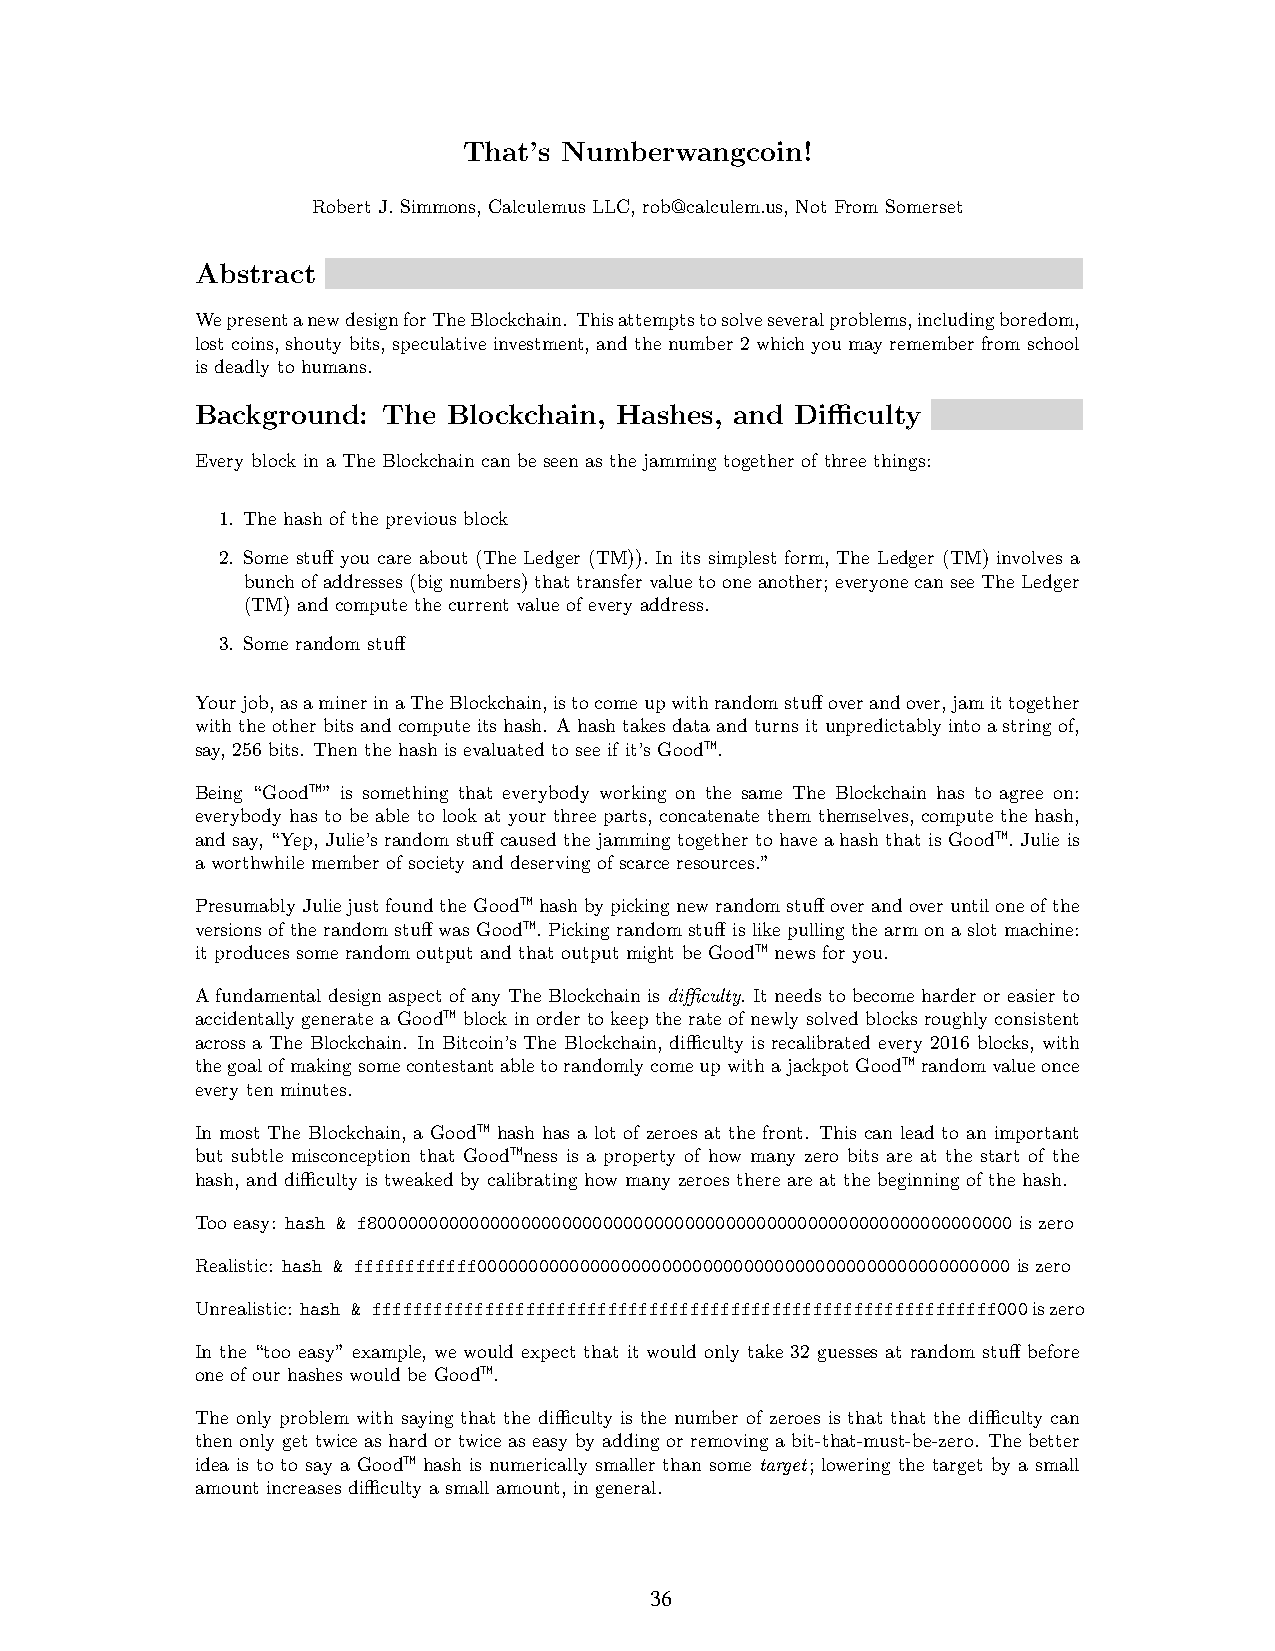
That’s Numberwangcoin!
 Robert J. Simmons, Calculemus LLC, rob@calculem.us, Not From Somerset
 7
 Abstract
 WepresentanewdesignforTheBlockchain. Thisattemptstosolveseveralproblems,includingboredom,
 lost coins, shouty bits, speculative investment, and the number 2 which you may remember from school
 is deadly to humans.
 Background: The  Blockchain, Hashes, and Difficulty
 Every block in a The Blockchain can be seen as the jamming together of three things:
 1. The hash of the previous block
 2. Some stuff you care about (The Ledger (TM)). In its simplest form, The Ledger (TM) involves a
 bunchofaddresses(bignumbers)thattransfervaluetooneanother; everyonecanseeTheLedger
 (TM) and compute the current value of every address.
 3. Some random stuff
 Yourjob,asaminerinaTheBlockchain,istocomeupwithrandomstuffoverandover,jamittogether
 withtheotherbitsandcomputeitshash. Ahashtakesdataandturnsitunpredictablyintoastringof,
 say, 256 bits. Then the hash is evaluated to see if it’s Good™.
 Being “Good™” is something that everybody working on the same The Blockchain has to agree on:
 everybody has to be able to look at your three parts, concatenate them themselves, compute the hash,
 and say, “Yep, Julie’s random stuff caused the jamming together to have a hash that is Good™. Julie is
 a worthwhile member of society and deserving of scarce resources.”
 PresumablyJuliejustfoundtheGood™hashbypickingnewrandomstuffoverandoveruntiloneofthe
 versionsoftherandomstuffwasGood™.Pickingrandomstuffislikepullingthearmonaslotmachine:
 it produces some random output and that output might be Good™ news for you.
 A fundamental design aspect of any The Blockchain is difficulty. It needs to become harder or easier to
 accidentally generate a Good™ block in order to keep the rate of newly solved blocks roughly consistent
 across a The Blockchain. In Bitcoin’s The Blockchain, difficulty is recalibrated every 2016 blocks, with
 thegoalofmakingsomecontestantabletorandomlycomeupwithajackpotGood™randomvalueonce
 every ten minutes.
 In most The Blockchain, a Good™ hash has a lot of zeroes at the front. This can lead to an important
 but subtle misconception that Good™ness is a property of how many zero bits are at the start of the
 hash, and difficulty is tweaked by calibrating how many zeroes there are at the beginning of the hash.
 Too easy: hash & f800000000000000000000000000000000000000000000000000000000000000 is zero
 Realistic: hash & ffffffffffff0000000000000000000000000000000000000000000000000000 is zero
 Unrealistic: hash & fffffffffffffffffffffffffffffffffffffffffffffffffffffffffffff000iszero
 In the “too easy” example, we would expect that it would only take 32 guesses at random stuff before
 one of our hashes would be Good™.
 The only problem with saying that the difficulty is the number of zeroes is that that the difficulty can
 then only get twice as hard or twice as easy by adding or removing a bit-that-must-be-zero. The better
 idea is to to say a Good™ hash is numerically smaller than some target; lowering the target by a small
 amount increases difficulty a small amount, in general.
 1
 36